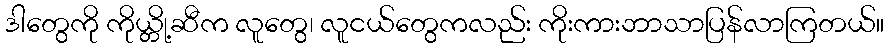
ဒါတွေကို ကိုယ္တို့ဆီက လူတွေ၊ လူငယ်တွေကလည်း ကိုးကားဘာသာပြန်လာကြတယ်။